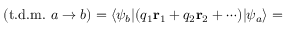
( { \mathrm { t . d . m . ~ } } a \rightarrow b ) = \langle \psi _ { b } | ( q _ { 1 } \mathbf { r } _ { 1 } + q _ { 2 } \mathbf { r } _ { 2 } + \cdots ) | \psi _ { a } \rangle =